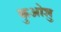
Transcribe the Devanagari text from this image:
कुओशु